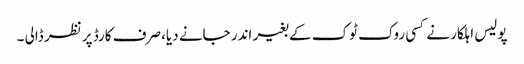
پولیس اہلکار نے کسی روک ٹوک کے بغیر اندر جانے دیا، صرف کارڈ پر نظر ڈالی ۔